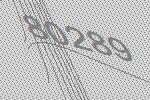
80289